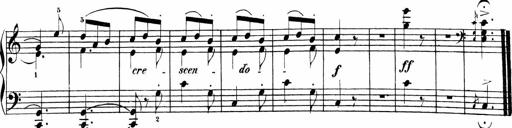
Title: Sonatinas
Composer: Andrew Violette